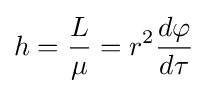
h={\frac {L}{\mu }}=r^{2}{\frac {d\varphi }{d\tau }}